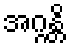
အဂ္ဂန္တိ